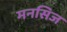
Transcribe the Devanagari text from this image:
मनसिज